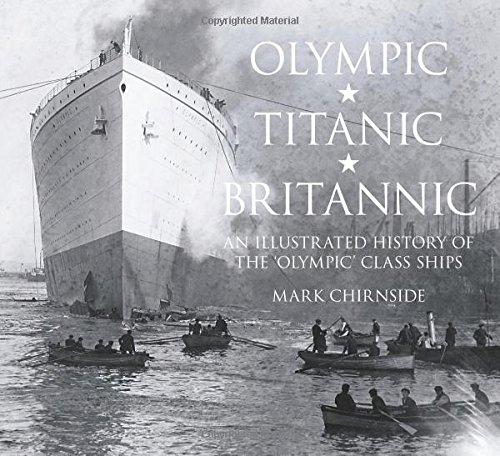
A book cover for Olympic, Titanic, Britannic: An Illustrated History of the Olympic Class Ships; Mark Chirnside; Arts & Photography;